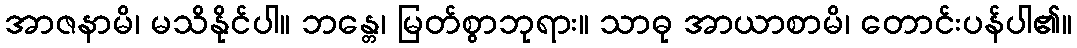
အာဇနာမိ၊ မသိနိုင်ပါ။ ဘန္တေ၊ မြတ်စွာဘုရား။ သာဓု အာယာစာမိ၊ တောင်းပန်ပါ၏။